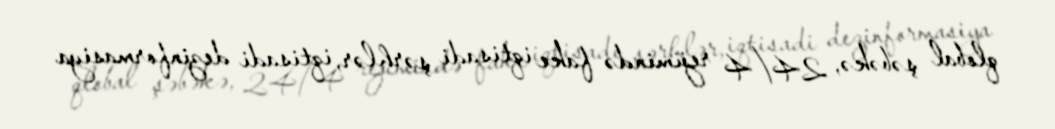
qlobal şəbəkə, 24/4 rejimində fake iqtisadi şərhlər, iqtisadi dezinformasiya